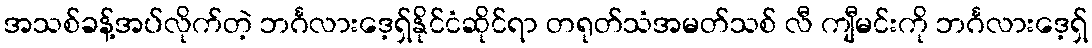
အသစ်ခန့်အပ်လိုက်တဲ့ ဘင်္ဂလားဒေ့ရှ်နိုင်ငံဆိုင်ရာ တရုတ်သံအမတ်သစ် လီ ကျီမင်းကို ဘင်္ဂလားဒေ့ရှ်